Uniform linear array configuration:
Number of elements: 48
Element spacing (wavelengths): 0.75
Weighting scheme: blackman
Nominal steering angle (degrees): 30
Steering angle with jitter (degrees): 31.237
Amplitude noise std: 0.05
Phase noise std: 0.05

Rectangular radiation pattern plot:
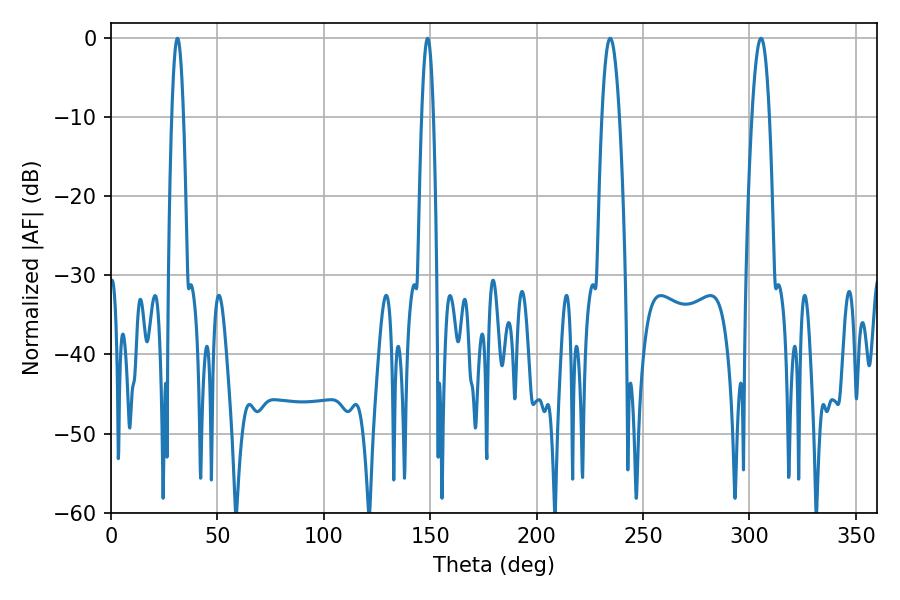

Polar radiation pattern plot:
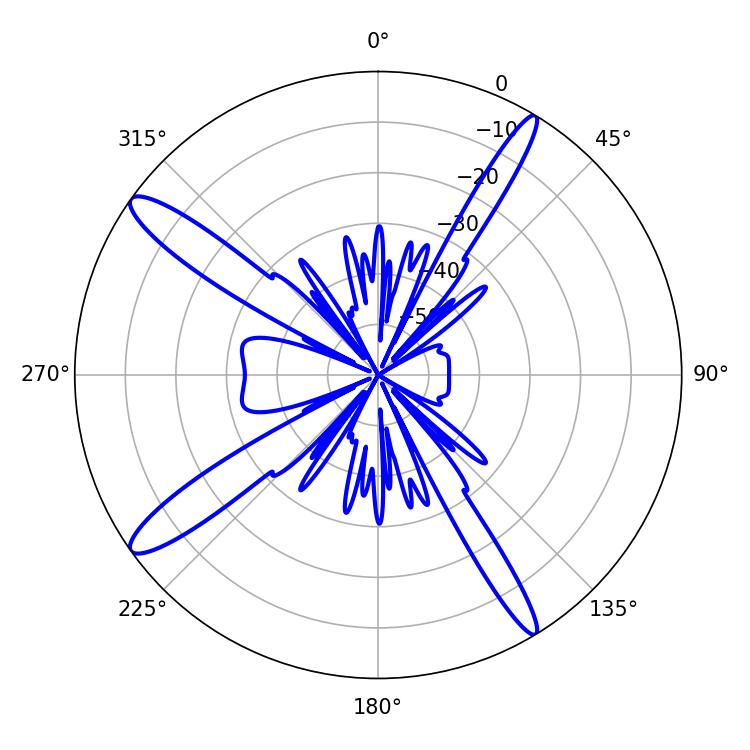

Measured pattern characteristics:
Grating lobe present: TRUE
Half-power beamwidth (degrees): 4.5
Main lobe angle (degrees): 234.54